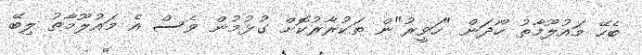
ބެހޭ މައުލޫމާތު ހޯދަން "ހަވީރު"ން ތަކުރާރުކޮށް ގުޅުމުން ވެސް އެ މައުލޫމާތު ލިބޭ